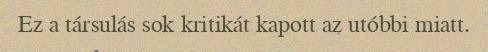
Ez a társulás sok kritikát kapott az utóbbi miatt.